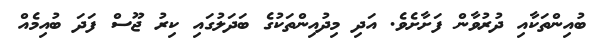
ބުއިންތަކާއި ދުރުވާން ފަށާށެވެ. އަދި މިދުއިންތަކުގެ ބަދަލުގައި ކިރު ޖޫސް ފަދަ ބުއިމެއް